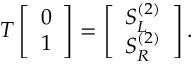
T \left[ \begin{array} { l } { 0 } \\ { 1 } \end{array} \right] = \left[ \begin{array} { l } { S _ { L } ^ { ( 2 ) } } \\ { S _ { R } ^ { ( 2 ) } } \end{array} \right] .